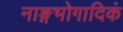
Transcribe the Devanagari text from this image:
नाङ्गभोगादिकं